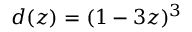
d ( z ) = ( 1 - 3 z ) ^ { 3 }